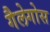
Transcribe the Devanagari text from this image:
गैलेगोस